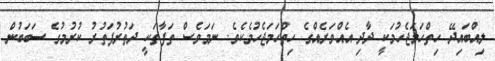
ލިއްބައިދޭ ހިތްހަމަޖެހުމަކީ ދާދި އެއްވަރެއްގެ ހިތްހަމަޖެހުމެކެވެ. ނަަމަވެސް ތަފާތަކީ ދަތުރުފަތުރު ކުރުމުގެ ސަބަބުން